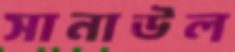
সানাউল